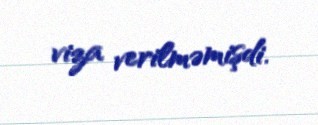
viza verilməmişdi.